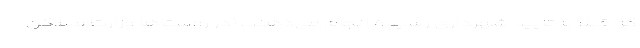
که قبلا به‌تأیید شهرداری رسیده انجام می‌دهند. (در روستا‌ها وزارت مسکن